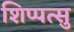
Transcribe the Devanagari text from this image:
शिप्पत्सु